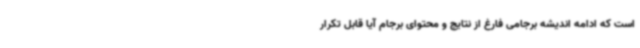
است که ادامه اندیشه برجامی فارغ از نتایج و محتوای برجام آیا قابل تکرار